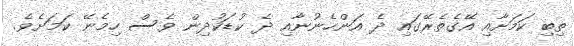
ތިބި ކަމަށާއި އޭގެތެރޭގައި ދެ އަންހެނުނާއި ދެ ކުޑަކުދިން ވެސް ހިމެނޭ ކަމަށެވެ.